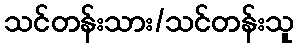
သင်တန်းသား/သင်တန်းသူ